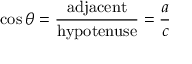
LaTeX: \cos \theta = { \frac { \mathrm { a d j a c e n t } } { \mathrm { h y p o t e n u s e } } } = { \frac { a } { c } }